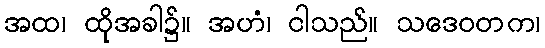
အထ၊ ထိုအခါ၌။ အဟံ၊ ငါသည်။ သဒေဝတက၊